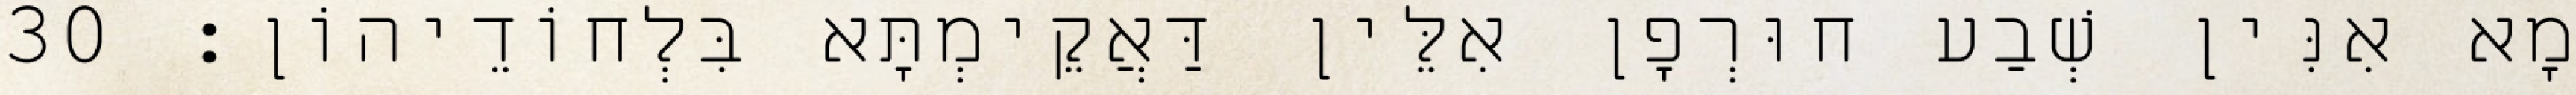
מָא אִנִּין שְׁבַע חוּרְפָן אִלֵּין דַּאֲקֵימְתָּא בִּלְחוֹדֵיהוֹן׃ 30